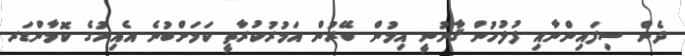
ދެން ސިފައިންނާއި ފުލުހުން ޤާނުނީ އިމުން ބޭރުން އަމުރުކުރާތީ ކަމަށްބުނެ އެއިރުގެ ކޮމާންޑަރ